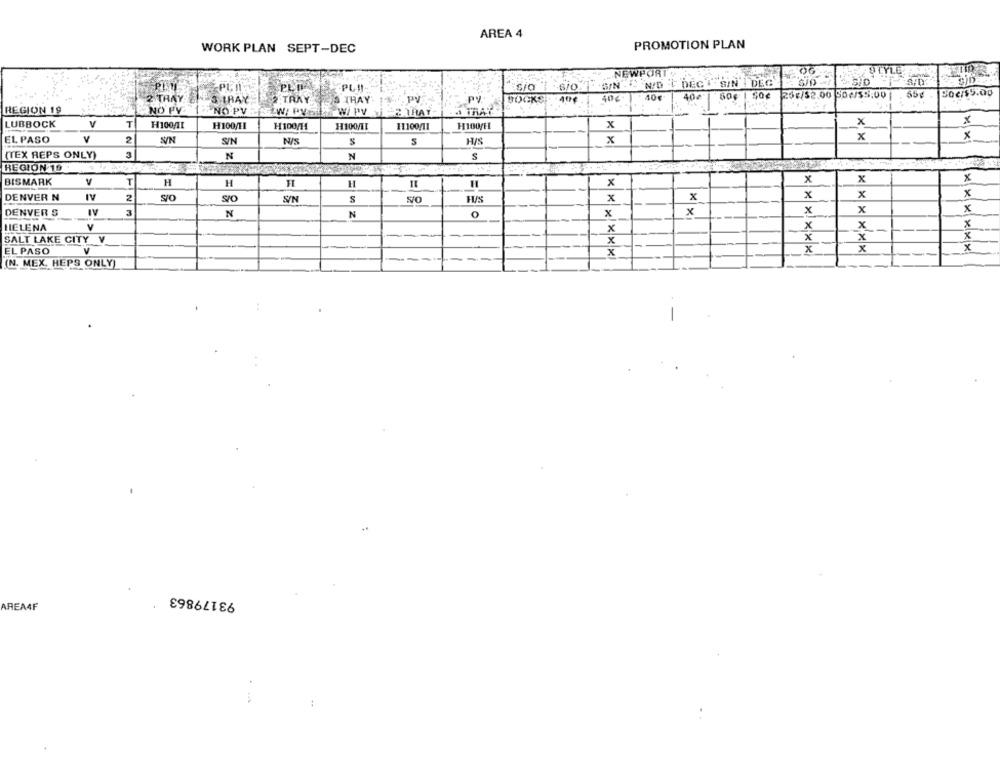
AREA 4
PROMOTION PLAN
WORK PLAN SEPT-DEC
NEWPORT
STYLE
SIN-2
N/D .C DEG . SIN ! DEG
>SID
-PLII
siO
Bo€/$5.00
2 TRAY SI ES TRAY
2.TRAY
S THAY
.PV
PY
SOCKS
40 40€
40€
26€/$2.00 50€/$5.00
55g
REGION 19
NO PV- 12 NO PV
W/ PV
& TRAY
LUBBOCK
V
X
x
T
H100,71
H100/11
H100/11
H100/1
11100/11
H100/H
x
EL PASO
Y
2
x
x
x
S/N
S/N
N/S
S
HIS
3
(TEX REPS ONLY)
N
N
S
REGION 19
BISMARK
V
T
H
H
H
H
x
x
x
X
DENVER N
IV
2
STO
S/O
S/N
S
HUS
x
x
x
x
x
DENVER S
IV
3
N
N
x
x
x
x
x_
HELENA
x
X
x
SALT LAKE CITY V
X
x
x
EL PASO
x
x
x
x
(N. MEX. HEPS ONLY)
-
93179863
AREA4F